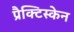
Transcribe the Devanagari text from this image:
प्रैक्टिस्केन